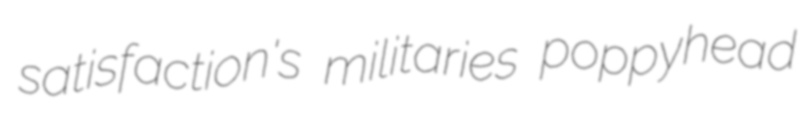
satisfaction's militaries poppyhead